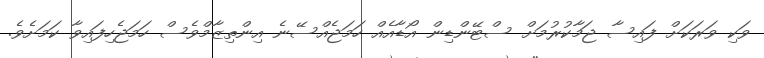
ވަކި ވަރަކަށް ފައިސާ ޖަމާކުރުމަށް ސްޓޭންޑިން އޯޑާއެއް ހަމަޖެއްސޭނެ އިންތިޒާމްވެސް ހަމަޖެހިފައިވާ ކަމަށެވެ.